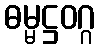
ဓမ္မဋ္ဌဝဂ္ဂ